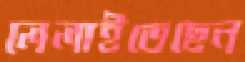
লেলাইতেছেন